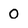
Character: 0